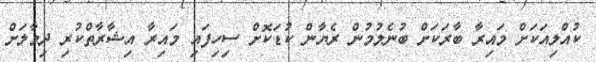
ކުއްލިއަކަށް މައިރާ ބާރަކަށް ބުނެލުމުން ރެޔާން ކުޑަކޮށް ސިހިފައި މައިރާ އިޝާރާތްކުރި ދިމާލަށް